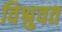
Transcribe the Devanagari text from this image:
विश्रुवत